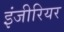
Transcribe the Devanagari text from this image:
इंजीरियर